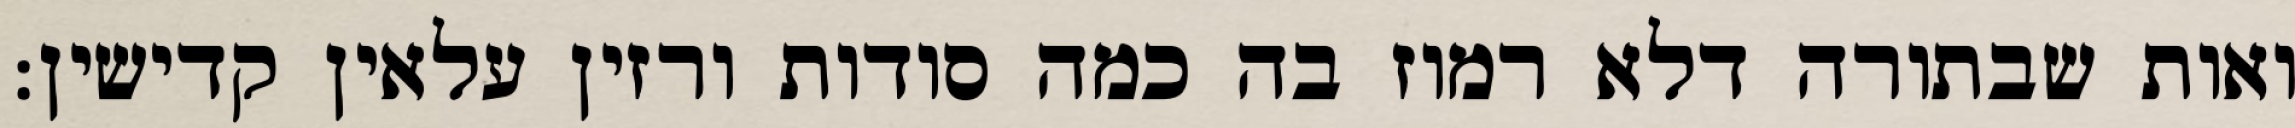
ואות שבתורה דלא רמוז בה כמה סודות ורזין עלאין קדישין: